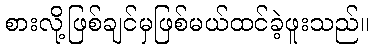
စားလို့ဖြစ်ချင်မှဖြစ်မယ်ထင်ခဲ့ဖူးသည်။